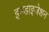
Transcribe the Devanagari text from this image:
इनडाइजेशन